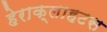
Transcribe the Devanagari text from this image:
हेराक्लाहटस